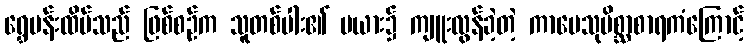
ရွှေပန်းထိမ်သည် ဖြစ်စဉ်က သူတစ်ပါး၏ မယား၌ ကျူးလွန်ခဲ့တဲ့ ကာမေသုမိစ္ဆာစာရကံကြောင့်